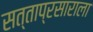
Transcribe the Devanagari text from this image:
सत्ताप्रसाराला